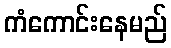
ကံကောင်းနေမည်